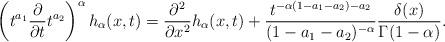
LaTeX: \begin{align*}\left(t^{a_1}\frac{\partial}{\partial t}t^{a_2}\right)^{\alpha} h_{\alpha}(x,t)= \frac{\partial^2}{\partial x^2}h_{\alpha}(x,t)+\frac{t^{-\alpha(1-a_1-a_2)-a_2}}{(1-a_1-a_2)^{-\alpha}} \frac{\delta(x)}{\Gamma(1-\alpha)}.\end{align*}